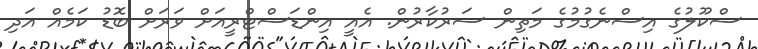
ސްކޫލުގެ އިސްނެގުމުގެ މަތިން ސަރުކާރުން. އެއީ އިންޑަސްޓްރީއަށް ވަރަށް ބޮޑު ކަމެއް އަދި